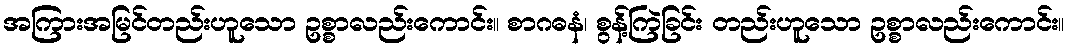
အကြားအမြင်တည်းဟူသော ဥစ္စာလည်းကောင်း။ စာဂဓနံ၊ စွန့်ကြဲခြင်း တည်းဟူသော ဥစ္စာလည်းကောင်း။